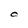
Character: 0